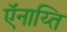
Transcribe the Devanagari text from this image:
ऍनाय्ति